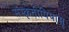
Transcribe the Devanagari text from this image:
संस्कृतीपिपासू